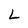
Character: L